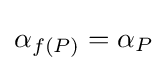
\alpha _{f(P)}=\alpha _{P}